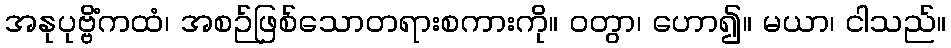
အနုပုဗ္ဗိံကထံ၊ အစဉ်ဖြစ်သောတရားစကားကို။ ဝတွာ၊ ဟော၍။ မယာ၊ ငါသည်။